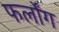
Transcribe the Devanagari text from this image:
फर्लोंग